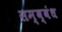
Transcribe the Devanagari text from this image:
सम्ब्वंध